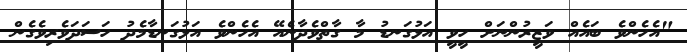
"އެހެންވެ ބައެއް ވަޒީރުންނަށް ހީވީ އަޅުގަނޑު މާ ގާތްވެދާނެއޭ އެހެންވެ އަޅުގަނޑާމެދު ހަސަދަވެރިވެގެން